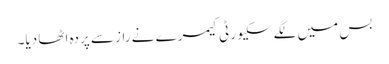
بس میں لگے سکیورٹی کیمرے نے راز سے پردہ اٹھا دیا۔